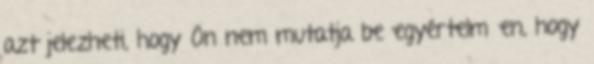
azt jelezheti, hogy Ön nem mutatja be egyértelműen, hogy